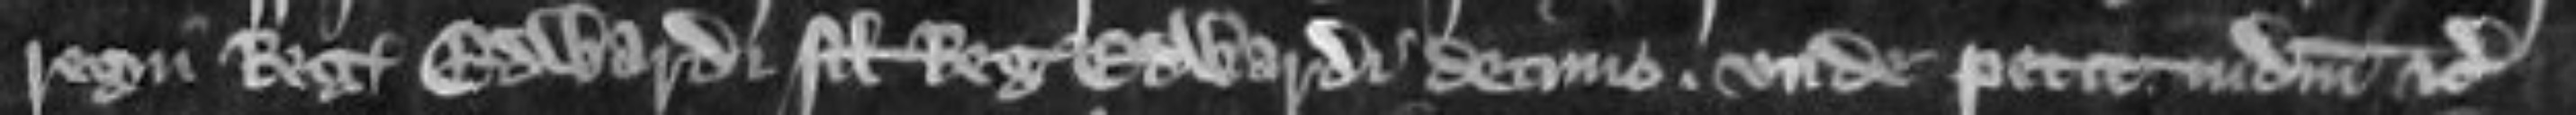
regni regis Edwardi filii regis Edwardi decimo. Unde petit judicium etc